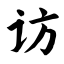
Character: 访